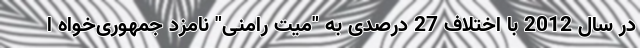
در سال 2012 با اختلاف 27 درصدی به "میت رامنی" نامزد جمهوری‌خواه ا